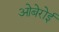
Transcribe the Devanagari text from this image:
ओबेरोई